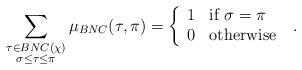
LaTeX: \begin{align*}\sum_{\substack{ \tau \in BNC(\chi) \\ \sigma \leq \tau \leq \pi }} \mu_{BNC}(\tau, \pi) = \left\{\begin{array}{ll}1 & \mbox{if } \sigma = \pi \\0 & \mbox{otherwise }\end{array} \right. .\end{align*}